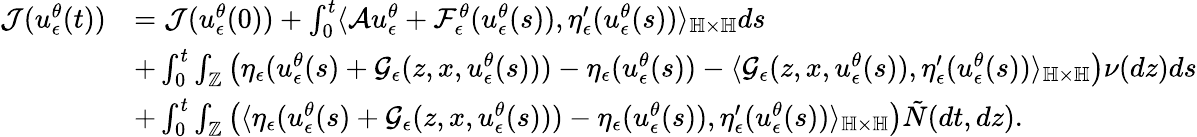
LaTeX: \begin{array}{rl}{\mathcal{J}(u_{\epsilon}^{\theta}(t))}&{=\mathcal{J}(u_{\epsilon}^{\theta}(0))+\int_{0}^{t}\langle\mathcal{A}u_{\epsilon}^{\theta}+\mathcal{F}_{\epsilon}^{\theta}(u_{\epsilon}^{\theta}(s)),\eta_{\epsilon}^{\prime}(u_{\epsilon}^{\theta}(s))\rangle_{\mathbb{H}\times\mathbb{H}}ds}\\ &{+\int_{0}^{t}\int_{\mathbb{Z}}\left(\eta_{\epsilon}(u_{\epsilon}^{\theta}(s)+\mathcal{G}_{\epsilon}(z,x,u_{\epsilon}^{\theta}(s)))-\eta_{\epsilon}(u_{\epsilon}^{\theta}(s))-\langle\mathcal{G}_{\epsilon}(z,x,u_{\epsilon}^{\theta}(s)),\eta_{\epsilon}^{\prime}(u_{\epsilon}^{\theta}(s))\rangle_{\mathbb{H}\times\mathbb{H}}\right)\nu(dz)ds}\\ &{+\int_{0}^{t}\int_{\mathbb{Z}}\left(\langle\eta_{\epsilon}(u_{\epsilon}^{\theta}(s)+\mathcal{G}_{\epsilon}(z,x,u_{\epsilon}^{\theta}(s)))-\eta_{\epsilon}(u_{\epsilon}^{\theta}(s)),\eta_{\epsilon}^{\prime}(u_{\epsilon}^{\theta}(s))\rangle_{\mathbb{H}\times\mathbb{H}}\right)\tilde{N}(dt,dz).}\end{array}